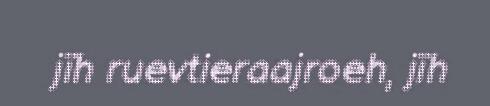
jïh ruevtieraajroeh, jïh